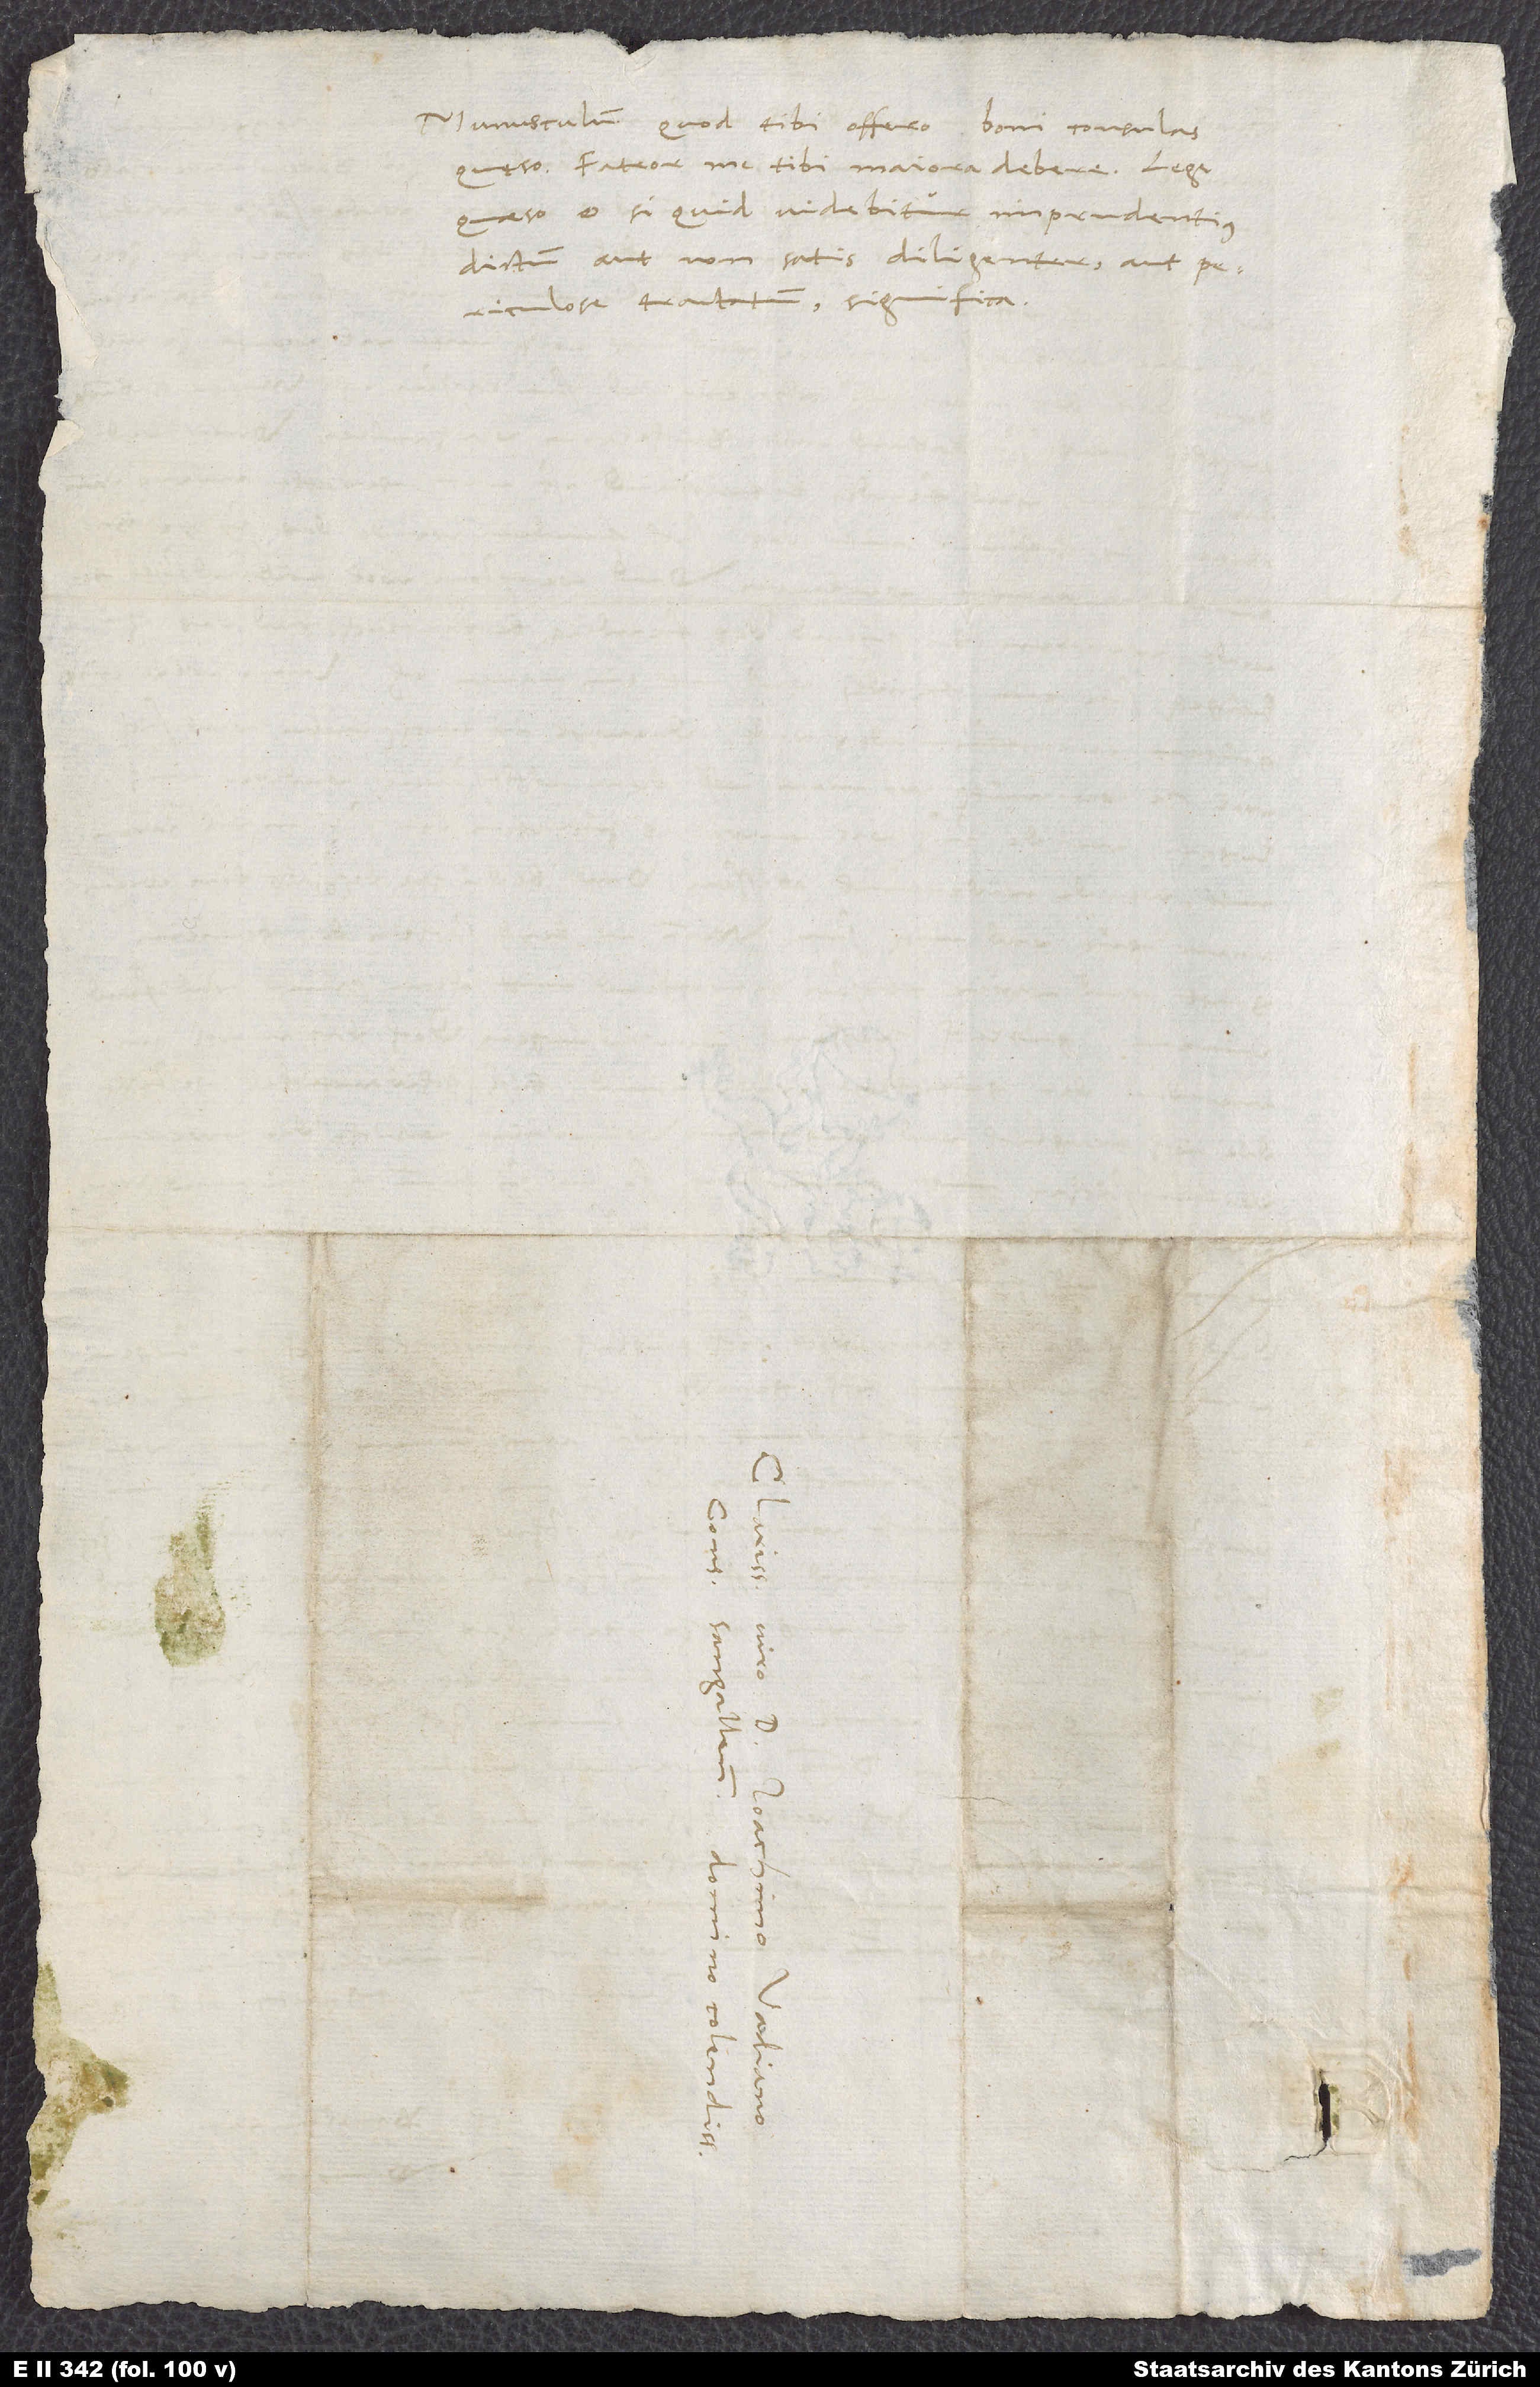
Munusculum, quod tibi offero, boni consulas,
quęso. Fateor, me tibi maiora debere. Lege,
quaeso, et si quid videbitur imprudentius
dictum aut non satis diligenter aut periculose
tractatum, significa.
D.